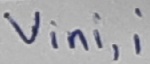
Text: vini,i